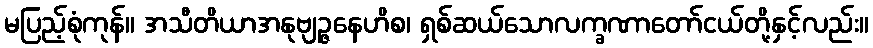
မပြည့်စုံကုန်။ အသီတိယာအနုဗျဉ္ဇနေဟိစ၊ ရှစ်ဆယ်သောလက္ခဏာတော်ငယ်တို့နှင့်လည်း။